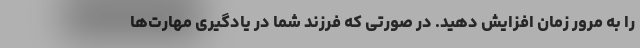
را به مرور زمان افزایش دهید. در صورتی که فرزند شما در یادگیری مهارت‌ها